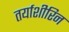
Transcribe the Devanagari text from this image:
तर्याशीरिन